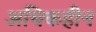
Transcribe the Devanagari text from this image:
अधिकहीन